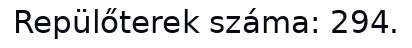
Repülőterek száma: 294.